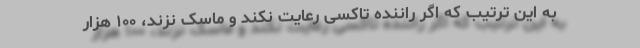
به این ترتیب که اگر راننده تاکسی رعایت نکند و ماسک نزند، ۱۰۰ هزار